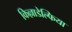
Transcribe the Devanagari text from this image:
किल्लाडेल्फिया